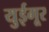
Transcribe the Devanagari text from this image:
युईगूर